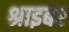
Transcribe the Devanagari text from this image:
श्राइबर